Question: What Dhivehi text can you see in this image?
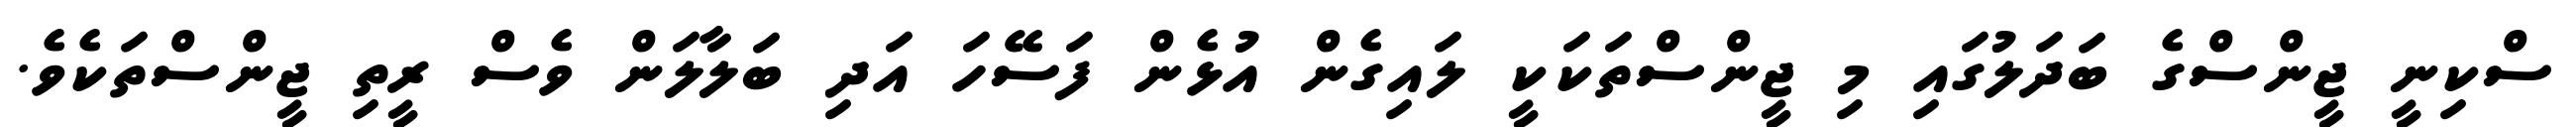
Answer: ސްކިނީ ޖީންސްގެ ބަދަލުގައި މި ޖީންސްތަކަކީ ލައިގެން އުޅެން ފަސޭހަ އަދި ބަލާލަން ވެސް ރީތި ޖީންސްތަކެވެ.